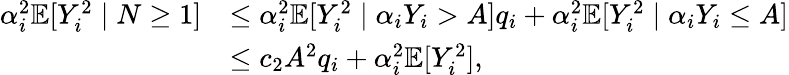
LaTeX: \begin{array}{rl}{\alpha_{i}^{2}\mathbb{E}[Y_{i}^{2}\mid N\geq 1]}&{\le\alpha_{i}^{2}\mathbb{E}[Y_{i}^{2}\mid\alpha_{i}Y_{i}>A]q_{i}+\alpha_{i}^{2}\mathbb{E}[Y_{i}^{2}\mid\alpha_{i}Y_{i}\leq A]}\\ &{\leq c_{2}A^{2}q_{i}+\alpha_{i}^{2}\mathbb{E}[Y_{i}^{2}],}\end{array}